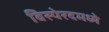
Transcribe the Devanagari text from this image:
विस्पेरदमध्ये